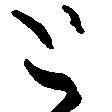
と